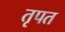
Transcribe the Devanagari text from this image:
तृपत